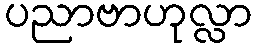
ပညာဗာဟုလ္လာ